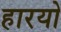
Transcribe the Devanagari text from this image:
हारयो